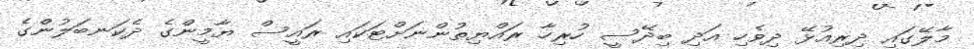
މާލޭގައި ދިރިއުޅޭ ދިވެހި އަދި ބިދޭސީ ހުރިހާ ރައްޔިތުންނަށްޓަކައި ރައީސް ޔާމީންގެ ދެކަނބަލުންގެ